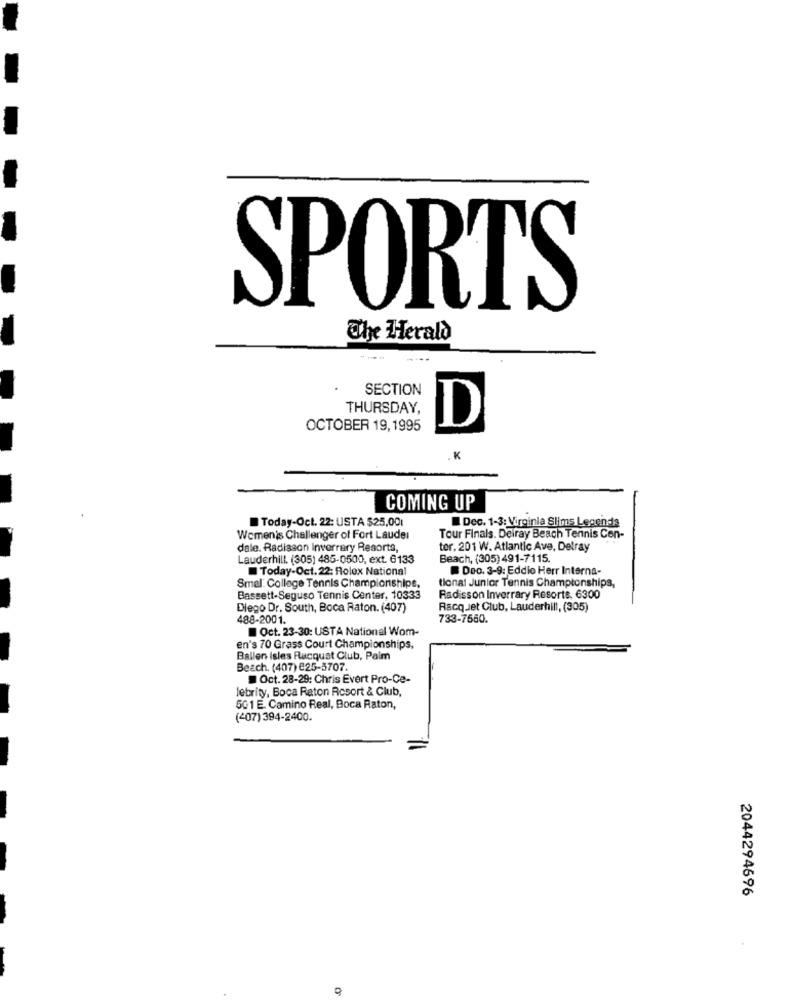
SPORTS
The Herald
---
SECTION
THURSDAY,
D
OCTOBER 19, 1995
.K
COMING UP
Today-Oct. 22: USTA $25,001
Dec. 1-3: Virginia Slims Legends
Women's Challenger of Fort Lauder
Tour Finals. Delray Beach Tennis Con-
dale. Radisson Inverrery Resorts,
ter, 201 W. Atlantic Ave, Delray
Lauderhill. (305) 485-0500, ext. 6133
Beach, (305) 491-7115.
Today-Oct. 22: Rolex National
Deo. 3-9: Eddie Herr Interna-
tional Junior Tennis Championships,
Smal: College Tennis Championships,
Bassett-Seguso Tennis Center, 10333
Radisson Inverrary Resorts, 6300
Diego Dr. South, Boca Raton. (407)
Racquet Club, Lauderhill, (305)
488-2001.
733-7660.
Oct. 23-30: USTA National Wom-
en's 70 Grass Court Championships,
Ballen isles Racquat Club, Paim
Beach. (407) E25-5707.
Oct. 28-29: Chris Evert Pro-Ce-
lebrity, Boca Raton Resort & Club,
501 E. Camino Real, Boca Raton,
(407) 394-2400.
2044294696